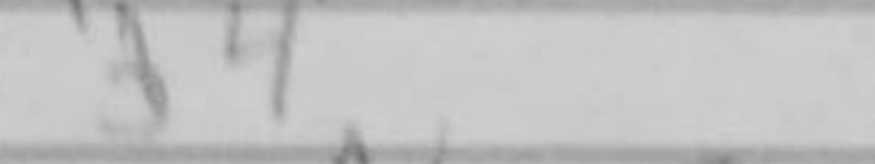
Transcription: b4